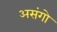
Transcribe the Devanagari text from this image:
असंगो